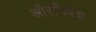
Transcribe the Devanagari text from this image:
औरनिवेश